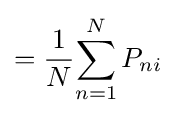
={1 \over N}{\sum _{n=1}^{N}P_{ni}}